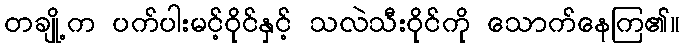
တချို့က ပက်ပါးမင့်ဝိုင်နှင့် သလဲသီးဝိုင်ကို သောက်နေကြ၏။